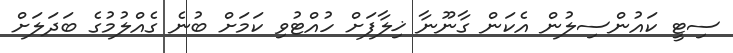
ސިޓީ ކައުންސިލުން އެކަން ގާނޫނާ ޚިލާފަށް ހުއްޓުވި ކަމަށް ބުނެ ގެއްލުމުގެ ބަދަލަށް